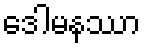
ဒေါမနဿာ